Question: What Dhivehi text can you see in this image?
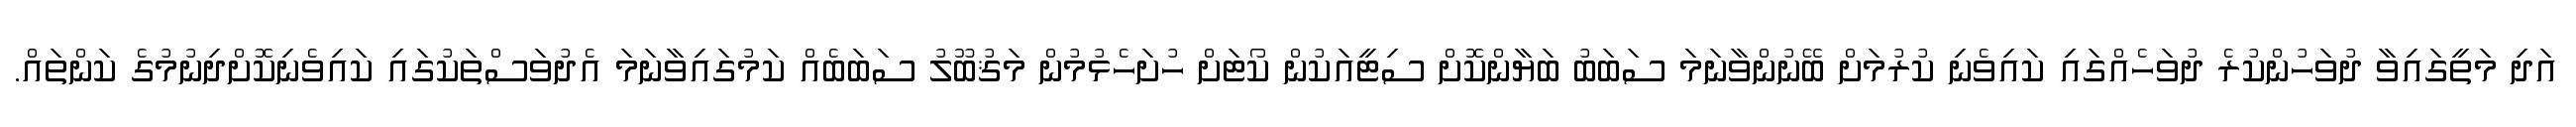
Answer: އަދި މަތީގައިވާ ދުވަހުންކުރެ ދުވަހެއްގައި ކައިވެނި ކުރުމަށް ބޭނުންވާނަމަ ސަބަބު ބަޔާންކޮށް ސިޓީއަކުން ކޯޓަށް ހުށަހެޅުމުން މަޤުބޫލު ސަބަބެއް ކަމުގައިވާނަމަ އެދުވަސްތަކުގައި ކައިވެނިކޮށްދިނުމުގެ ކަންތައް.